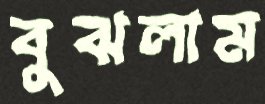
বুঝলাম